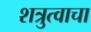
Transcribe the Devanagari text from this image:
शत्रुत्वाचा